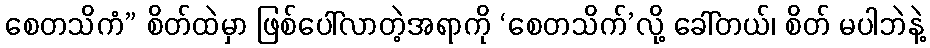
စေတသိကံ” စိတ်ထဲမှာ ဖြစ်ပေါ်လာတဲ့အရာကို ‘စေတသိက်’လို့ ခေါ်တယ်၊ စိတ် မပါဘဲနဲ့